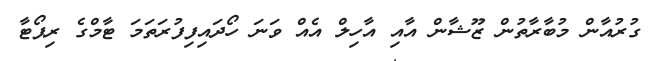
ގުރުއާން މުބާރާތުން ޒޫޝާން އާއި އާހިލް އެއް ވަނަ ހޯދައިފިފުރަތަމަ ޓާމްގެ ރިޕޯޓާ